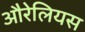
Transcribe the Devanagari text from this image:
औरेलियस